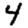
Digit: 4